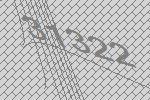
31322